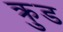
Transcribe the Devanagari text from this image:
क्रुड